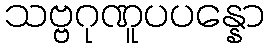
သဗ္ဗဂုဏူပပန္နော